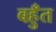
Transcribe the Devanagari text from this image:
बहुँत